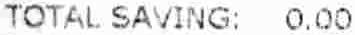
TOTAL SAVING: 0.00